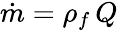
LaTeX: \dot{m}=\rho_{f}\, Q